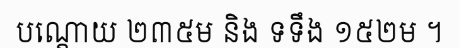
បណ្តោយ ២៣៥ម និង ទទឹង ១៥២ម ។